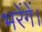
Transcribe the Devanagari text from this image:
भरेंगें।